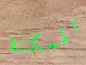
الممكنة